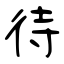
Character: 待